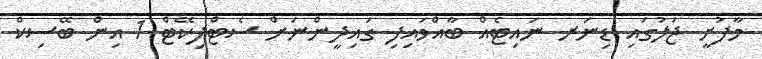
މާފުށީ ޖަލުގައި ޑިނަރ ނައިޓެއް ބާއްވައިފި ގައިދީންނަށް ސެޓްފިކޭޓް 1 އިން ބޭސިކް